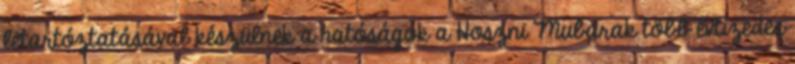
letartóztatásával készülnek a hatóságok a Hoszni Mubarak több évtizedes